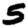
Digit: 5